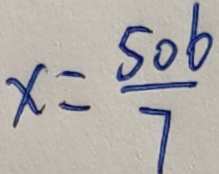
x = \frac { 5 0 6 } { 7 }